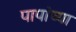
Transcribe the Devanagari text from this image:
पापांच्‍या